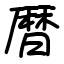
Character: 暦